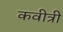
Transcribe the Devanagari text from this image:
कवीत्री